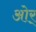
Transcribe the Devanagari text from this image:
ओर्‍